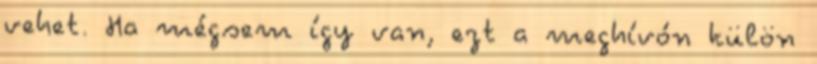
vehet. Ha mégsem így van, ezt a meghívón külön